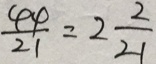
\frac { 4 4 } { 2 1 } = 2 \frac { 2 } { 2 1 }